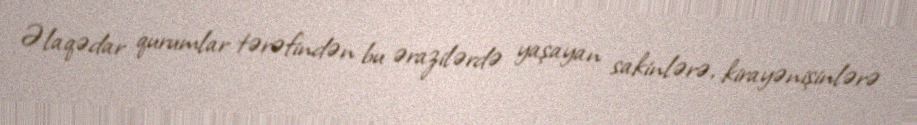
Əlaqədar qurumlar tərəfindən bu ərazilərdə yaşayan sakinlərə, kirayənişinlərə